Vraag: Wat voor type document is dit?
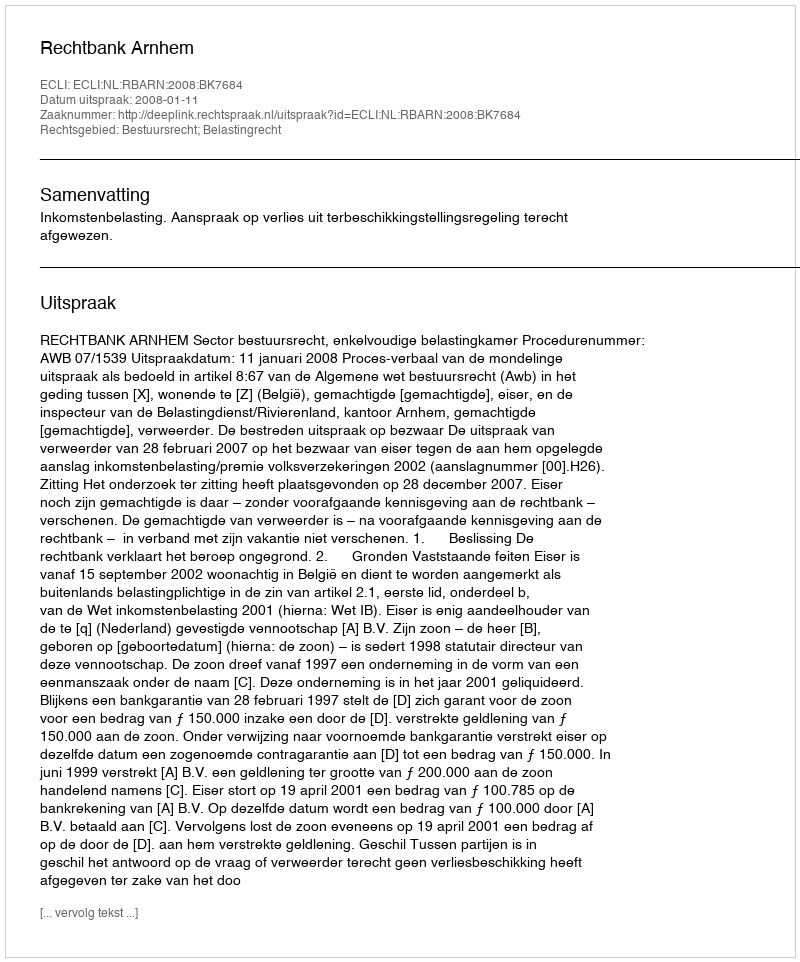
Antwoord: Uitspraak